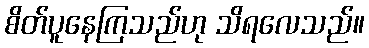
စိတ်ပူနေကြသည်ဟု သိရလေသည်။